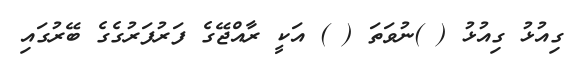
ގިއުޅު ގިއުޅު ( )ނުވަތަ ( ) އަކީ ރާއްޖޭގެ ފަރުފަރުގެގެ ބޭރުގައި